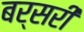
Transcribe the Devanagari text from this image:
बर्सरी